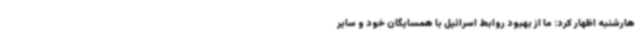
هارشنبه اظهار کرد: ما از بهبود روابط اسرائیل با همسایگان خود و سایر